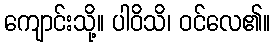
ကျောင်းသို့။ ပါဝိသိ၊ ဝင်လေ၏။